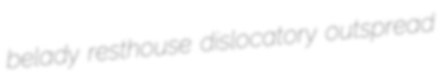
belady resthouse dislocatory outspread